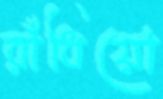
রাঁধিয়ো